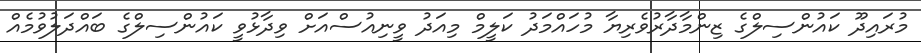
މުރައިދޫ ކައުންސިލްގެ ޒިންމާދާރުވެރިޔާ މުހައްމަދު ކަލީމް މިއަދު ވީނިއުސްއަށް ވިދާޅުވީ ކައުންސިލްގެ ބައްދަލުވުމެއް